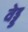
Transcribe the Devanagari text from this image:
वेड्ड